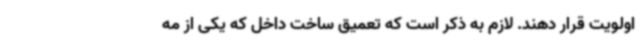
اولویت قرار دهند. لازم به ذکر است که تعمیق ساخت داخل که یکی از مه